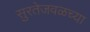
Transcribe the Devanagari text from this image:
सुरतेजवळच्या